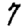
Digit: 7